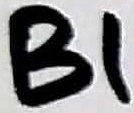
Text: B1